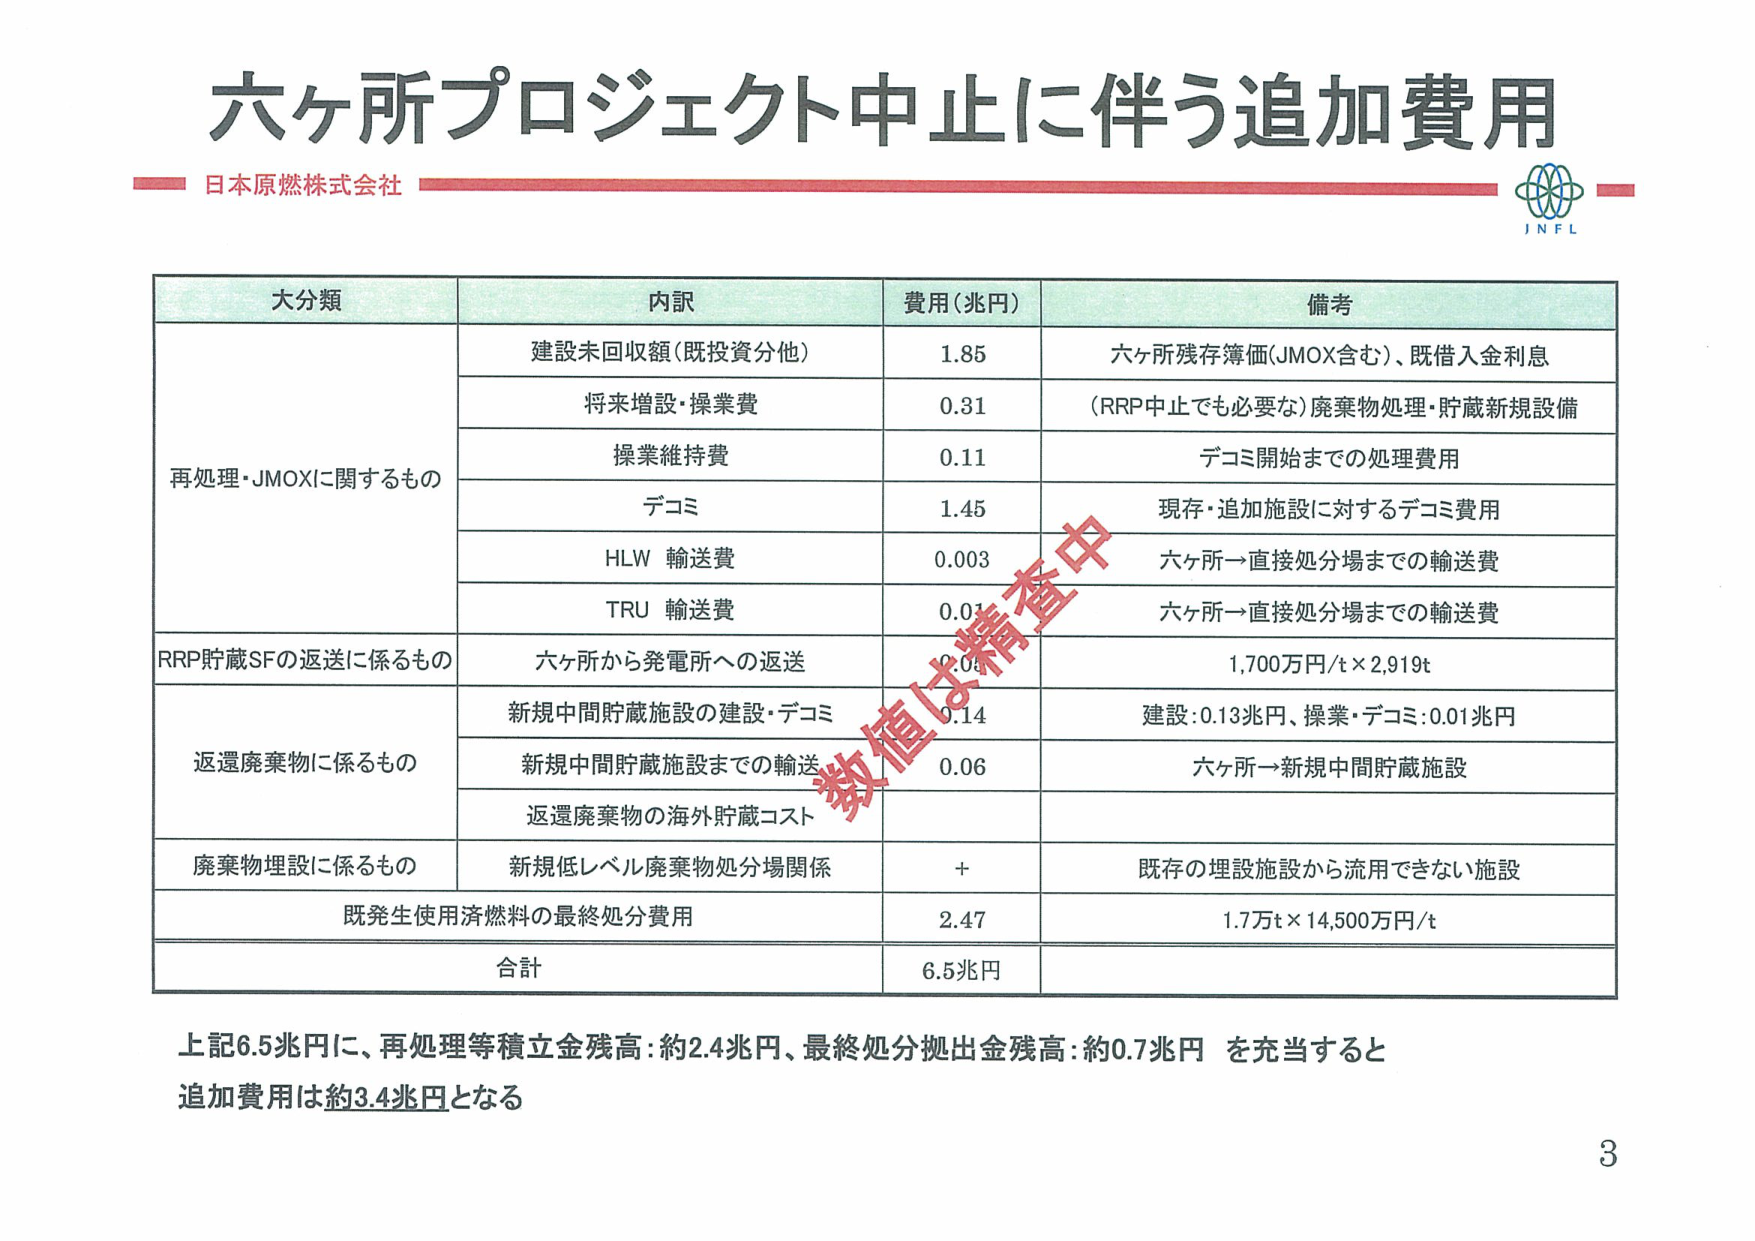
六ヶ所プロジェクト中止に伴う追加費用
日本原燃株式会社
JNFL

大分類 内訳 費用（兆円） 備考
再処理・JMOXに関するもの
　建設未回収額（既投資分他） 1.85 六ヶ所残存簿価（JMOX含む）、既借入金利息
　将来増設・操業費 0.31 （RRP中止でも必要な）廃棄物処理・貯蔵新規設備
　操業維持費 0.11 デコミ開始までの処理費用
　デコミ 1.45 現存・追加施設に対するデコミ費用
　HLW 輸送費 0.003 六ヶ所→直接処分場までの輸送費
　TRU 輸送費 0.01 六ヶ所→直接処分場までの輸送費
RRP貯蔵SFの返送に係るもの
　六ヶ所から発電所への返送 0.04 1,700万円/t×2,919t
返還廃棄物に係るもの
　新規中間貯蔵施設の建設・デコミ 0.14 建設：0.13兆円、操業・デコミ：0.01兆円
　新規中間貯蔵施設までの輸送 0.06 六ヶ所→新規中間貯蔵施設
　返還廃棄物の海外貯蔵コスト
廃棄物埋設に係るもの
　新規低レベル廃棄物処分場関係 + 既存の埋設施設から流用できない施設
既発生使用済燃料の最終処分費用 2.47 1.7万t×14,500万円/t
合計 6.5兆円

上記6.5兆円に、再処理等積立金残高：約2.4兆円、最終処分拠出金残高：約0.7兆円 を充当すると
追加費用は約3.4兆円となる

数値は精査中
3